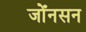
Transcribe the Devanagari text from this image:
जोँनसन